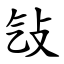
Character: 㪂